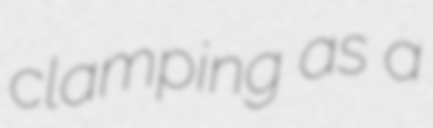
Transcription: clamping as a